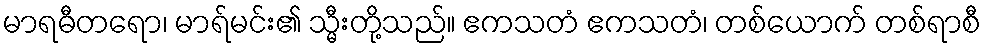
မာရဓီတရော၊ မာရ်မင်း၏ သ္မီးတို့သည်။ ဧကသတံ ဧကသတံ၊ တစ်ယောက် တစ်ရာစီ